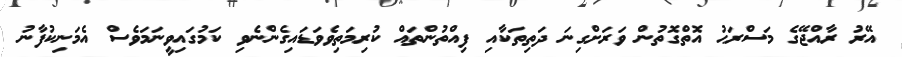
އޭރު ރާއްޖޭގެ މަސްރަޙު އޮތްގޮތުން ވަރަށްގިނަ ދަތިތަކާއި ފިއްތުންތައް ކުރިމަތިވެވަޑައިގެންނެވި ކަމުގައިވީނަމަވެސް އެމަނިކުފާނު